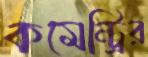
কমেন্ট্রির